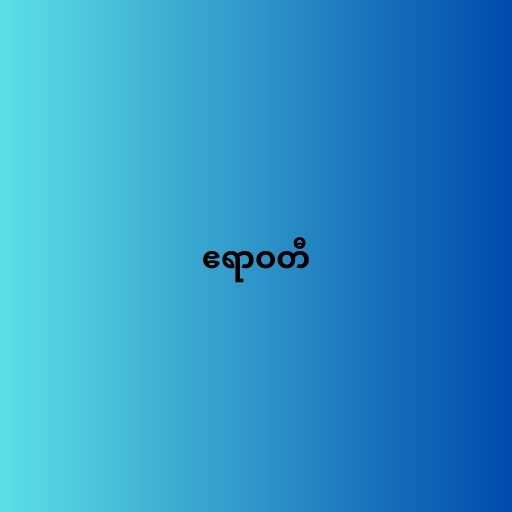
ဧရာဝတီ